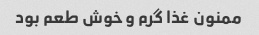
ممنون غذا گرم و خوش طعم بود